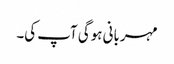
مہربانی ہوگی آپ کی۔